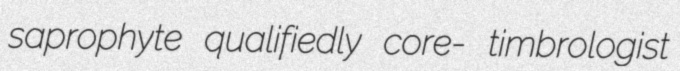
saprophyte qualifiedly core- timbrologist